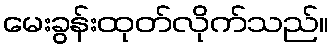
မေးခွန်းထုတ်လိုက်သည်။